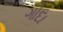
ગોદા